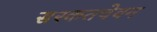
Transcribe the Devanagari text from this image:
सस्कतचेवन